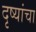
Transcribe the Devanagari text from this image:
दृष्यांचा